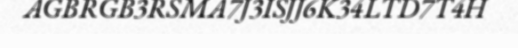
AGBRGB3RSMA7J3ISJJ6K34LTD7T4H